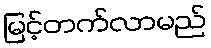
မြင့်တက်လာမည်